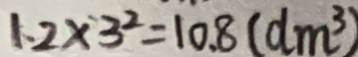
1 . 2 \times 3 ^ { 2 } = 1 0 . 8 ( d m ^ { 3 } )